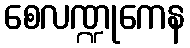
စေလဏ္ဍုကေန